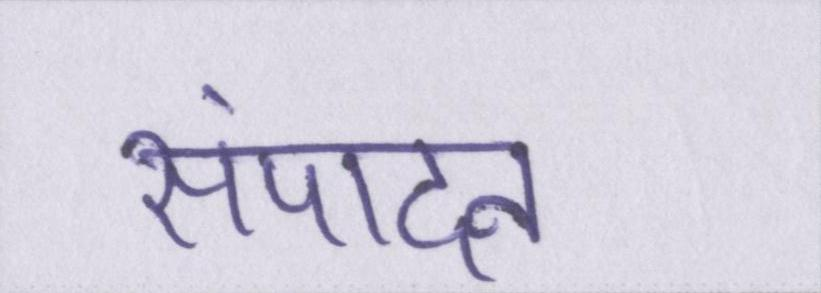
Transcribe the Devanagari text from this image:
संपादन